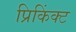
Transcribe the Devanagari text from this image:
प्रिकिंक्ट